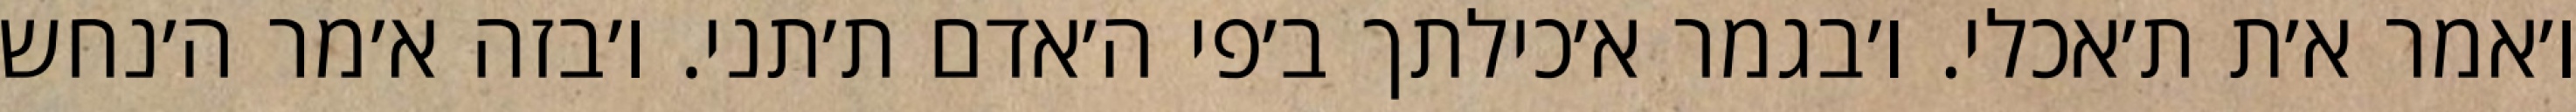
ו׳אמר א׳ת ת׳אכלי. ו׳בגמר א׳כילתך ב׳פי ה׳אדם ת׳תני. ו׳בזה א׳מר ה׳נחש